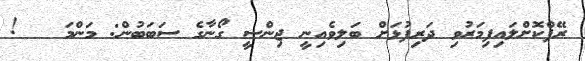
ރޭޕްކޮށްލައިފިމަރުވި ދަރިފުޅަށް ބަލިވެއިނީ ޖިންސީ ގޯނާގެ ސަބަބުން: މަންމަ   !